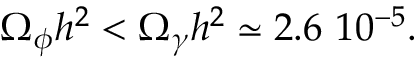
\Omega _ { \phi } h ^ { 2 } < \Omega _ { \gamma } h ^ { 2 } \simeq 2 . 6 \ 1 0 ^ { - 5 } .